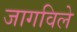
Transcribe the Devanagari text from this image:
जागविले